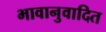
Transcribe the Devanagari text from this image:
भावानुवादित